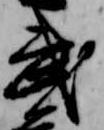
武